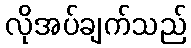
လိုအပ်ချက်သည်